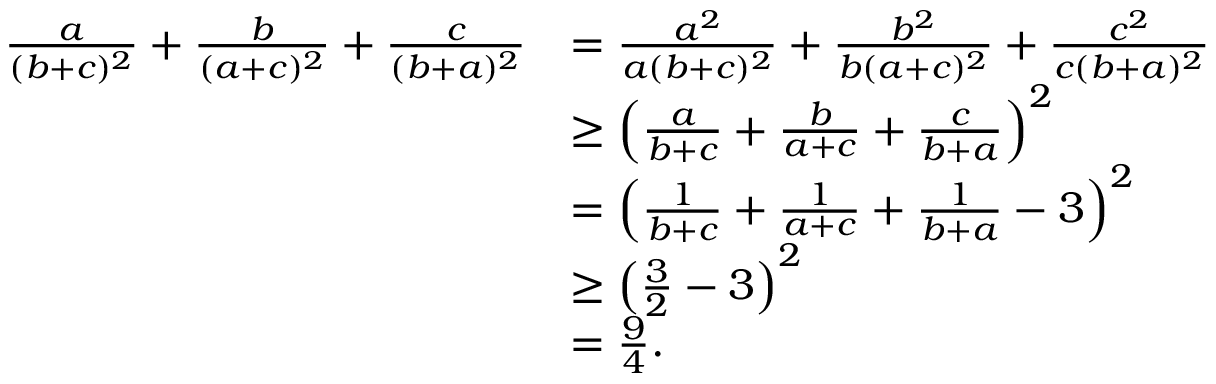
\begin{array} { r l } { \frac { a } { ( b + c ) ^ { 2 } } + \frac { b } { ( a + c ) ^ { 2 } } + \frac { c } { ( b + a ) ^ { 2 } } } & { = \frac { a ^ { 2 } } { a ( b + c ) ^ { 2 } } + \frac { b ^ { 2 } } { b ( a + c ) ^ { 2 } } + \frac { c ^ { 2 } } { c ( b + a ) ^ { 2 } } } \\ & { \ge \left( \frac { a } { b + c } + \frac { b } { a + c } + \frac { c } { b + a } \right) ^ { 2 } } \\ & { = \left( \frac { 1 } { b + c } + \frac { 1 } { a + c } + \frac { 1 } { b + a } - 3 \right) ^ { 2 } } \\ & { \ge \left( \frac { 3 } { 2 } - 3 \right) ^ { 2 } } \\ & { = \frac { 9 } { 4 } . } \end{array}